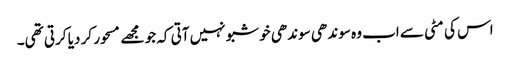
اس کی مٹی سے اب وہ سوندھی سوندھی خوشبو نہیں آتی کہ جو مجھے مسحور کر دیا کرتی تھی۔